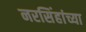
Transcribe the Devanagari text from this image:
नरसिंहांच्या